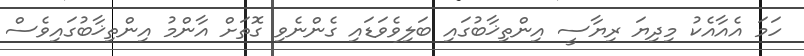
ހަމަ އެއާއެކު މިދިޔަ ރިޔާސީ އިންތިޚާބުގައި ބަލިވެވަޑައި ގެންނެވި ގޮތަށް އާންމު އިންތިޚާބުގައިވެސް